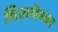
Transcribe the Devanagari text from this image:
विजयेश्वर